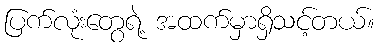
ပြက်လုံးတွေရဲ့ အထက်မှာရှိသင့်တယ်။